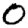
Digit: 0